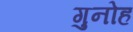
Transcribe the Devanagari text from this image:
गुनोह